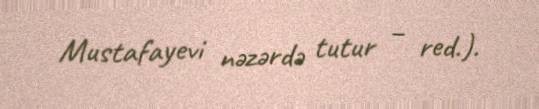
Mustafayevi nəzərdə tutur – red.).